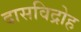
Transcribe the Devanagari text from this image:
दासविद्रोह